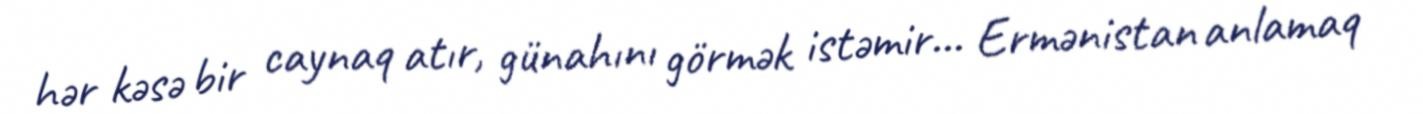
hər kəsə bir caynaq atır, günahını görmək istəmir... Ermənistan anlamaq